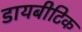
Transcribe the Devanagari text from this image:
डायबीटिक